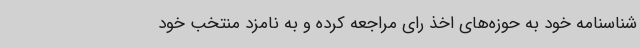
شناسنامه خود به حوزه‌های اخذ رای مراجعه کرده و به نامزد منتخب خود